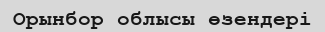
Орынбор облысы өзендері